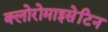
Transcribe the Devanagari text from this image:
क्लोरोमाइसेटिन